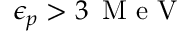
\epsilon _ { p } > 3 \, \mathrm { ~ M ~ e ~ V ~ }